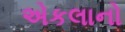
એકલાનો